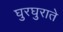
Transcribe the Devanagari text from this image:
घुरघुराते